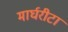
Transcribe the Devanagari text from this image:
मार्घरीटा